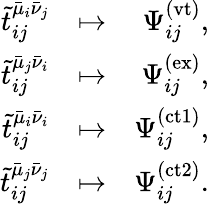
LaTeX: \begin{array}{rlr}{\tilde{t}_{ij}^{\bar{\mu}_{i}\bar{\nu}_{j}}}&{\mapsto}&{\Psi_{ij}^{(\mathrm{vt})},}\\ {\tilde{t}_{ij}^{\bar{\mu}_{j}\bar{\nu}_{i}}}&{\mapsto}&{\Psi_{ij}^{(\mathrm{ex})},}\\ {\tilde{t}_{ij}^{\bar{\mu}_{i}\bar{\nu}_{i}}}&{\mapsto}&{\Psi_{ij}^{(\mathrm{ct1})},}\\ {\tilde{t}_{ij}^{\bar{\mu}_{j}\bar{\nu}_{j}}}&{\mapsto}&{\Psi_{ij}^{(\mathrm{ct2})}.}\end{array}